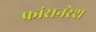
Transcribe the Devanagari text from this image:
फ्रांसनरेश